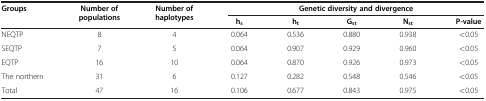
| <ROWSPAN=2> Groups | <ROWSPAN=2> Number of populations | <ROWSPAN=2> Number of haplotypes | <COLSPAN=5> Genetic diversity and divergence |
 | hs | ht | Gst | Nst | P-value |
 | --- | --- | --- | --- | --- | --- | --- | --- |
 | NEQTP | 8 | 4 | 0.064 | 0.536 | 0.880 | 0.938 | <0.05 |
 | SEQTP | 7 | 5 | 0.064 | 0.907 | 0.929 | 0.960 | <0.05 |
 | EQTP | 16 | 10 | 0.064 | 0.870 | 0.926 | 0.973 | <0.05 |
 | The northern | 31 | 6 | 0.127 | 0.282 | 0.548 | 0.546 | <0.05 |
 | Total | 47 | 16 | 0.106 | 0.677 | 0.843 | 0.975 | <0.05 |